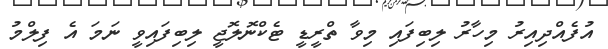
އުފެއްދިއިރު މިހާރު ލިބިފައި މިވާ ތްރީޑީ ޓެކްނޮލޮޖީ ލިބިފައިވީ ނަމަ އެ ފިލްމު